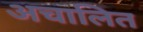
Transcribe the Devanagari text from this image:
अचालित